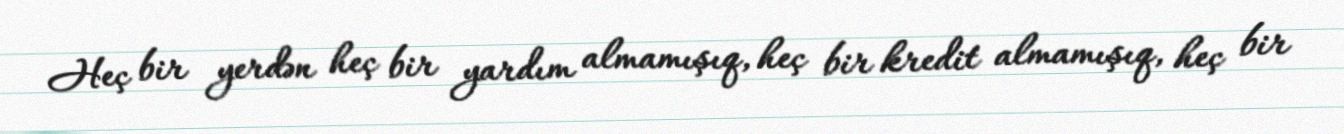
Heç bir yerdən heç bir yardım almamışıq, heç bir kredit almamışıq, heç bir